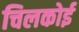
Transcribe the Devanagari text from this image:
चिलकोई